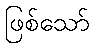
ဖြစ်သော်